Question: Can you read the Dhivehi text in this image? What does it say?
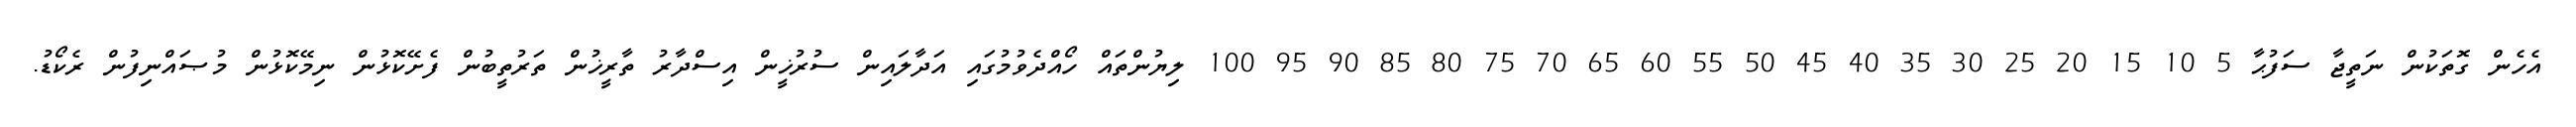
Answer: އެހެން ގޮތަކުން ނަތީޖާ ސަފުޙާ 5 10 15 20 25 30 35 40 45 50 55 60 65 70 75 80 85 90 95 100 ލިޔުންތައް ހޯއްދެވުމުގައި އަދާލައިން ސުރުޚީން އިސްދާރު ތާރީޚުން ތަރުތީބުން ފެށޭކޮޅުން ނިމޭކޮޅުން މުޞައްނިފުން ރެކޯޑު.